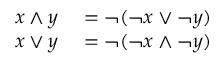
\begin{array} { r l } { x \wedge y } & { { } = \neg ( \neg x \vee \neg y ) } \\ { x \vee y } & { { } = \neg ( \neg x \wedge \neg y ) } \end{array}